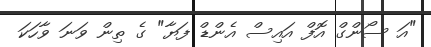
"އަ ސޯންގް އޮފް އައިސް އެންޑް ފަޔާ" ގެ ތިން ވަނަ ވާހަކަ